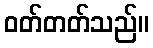
ဝတ်တတ်သည်။